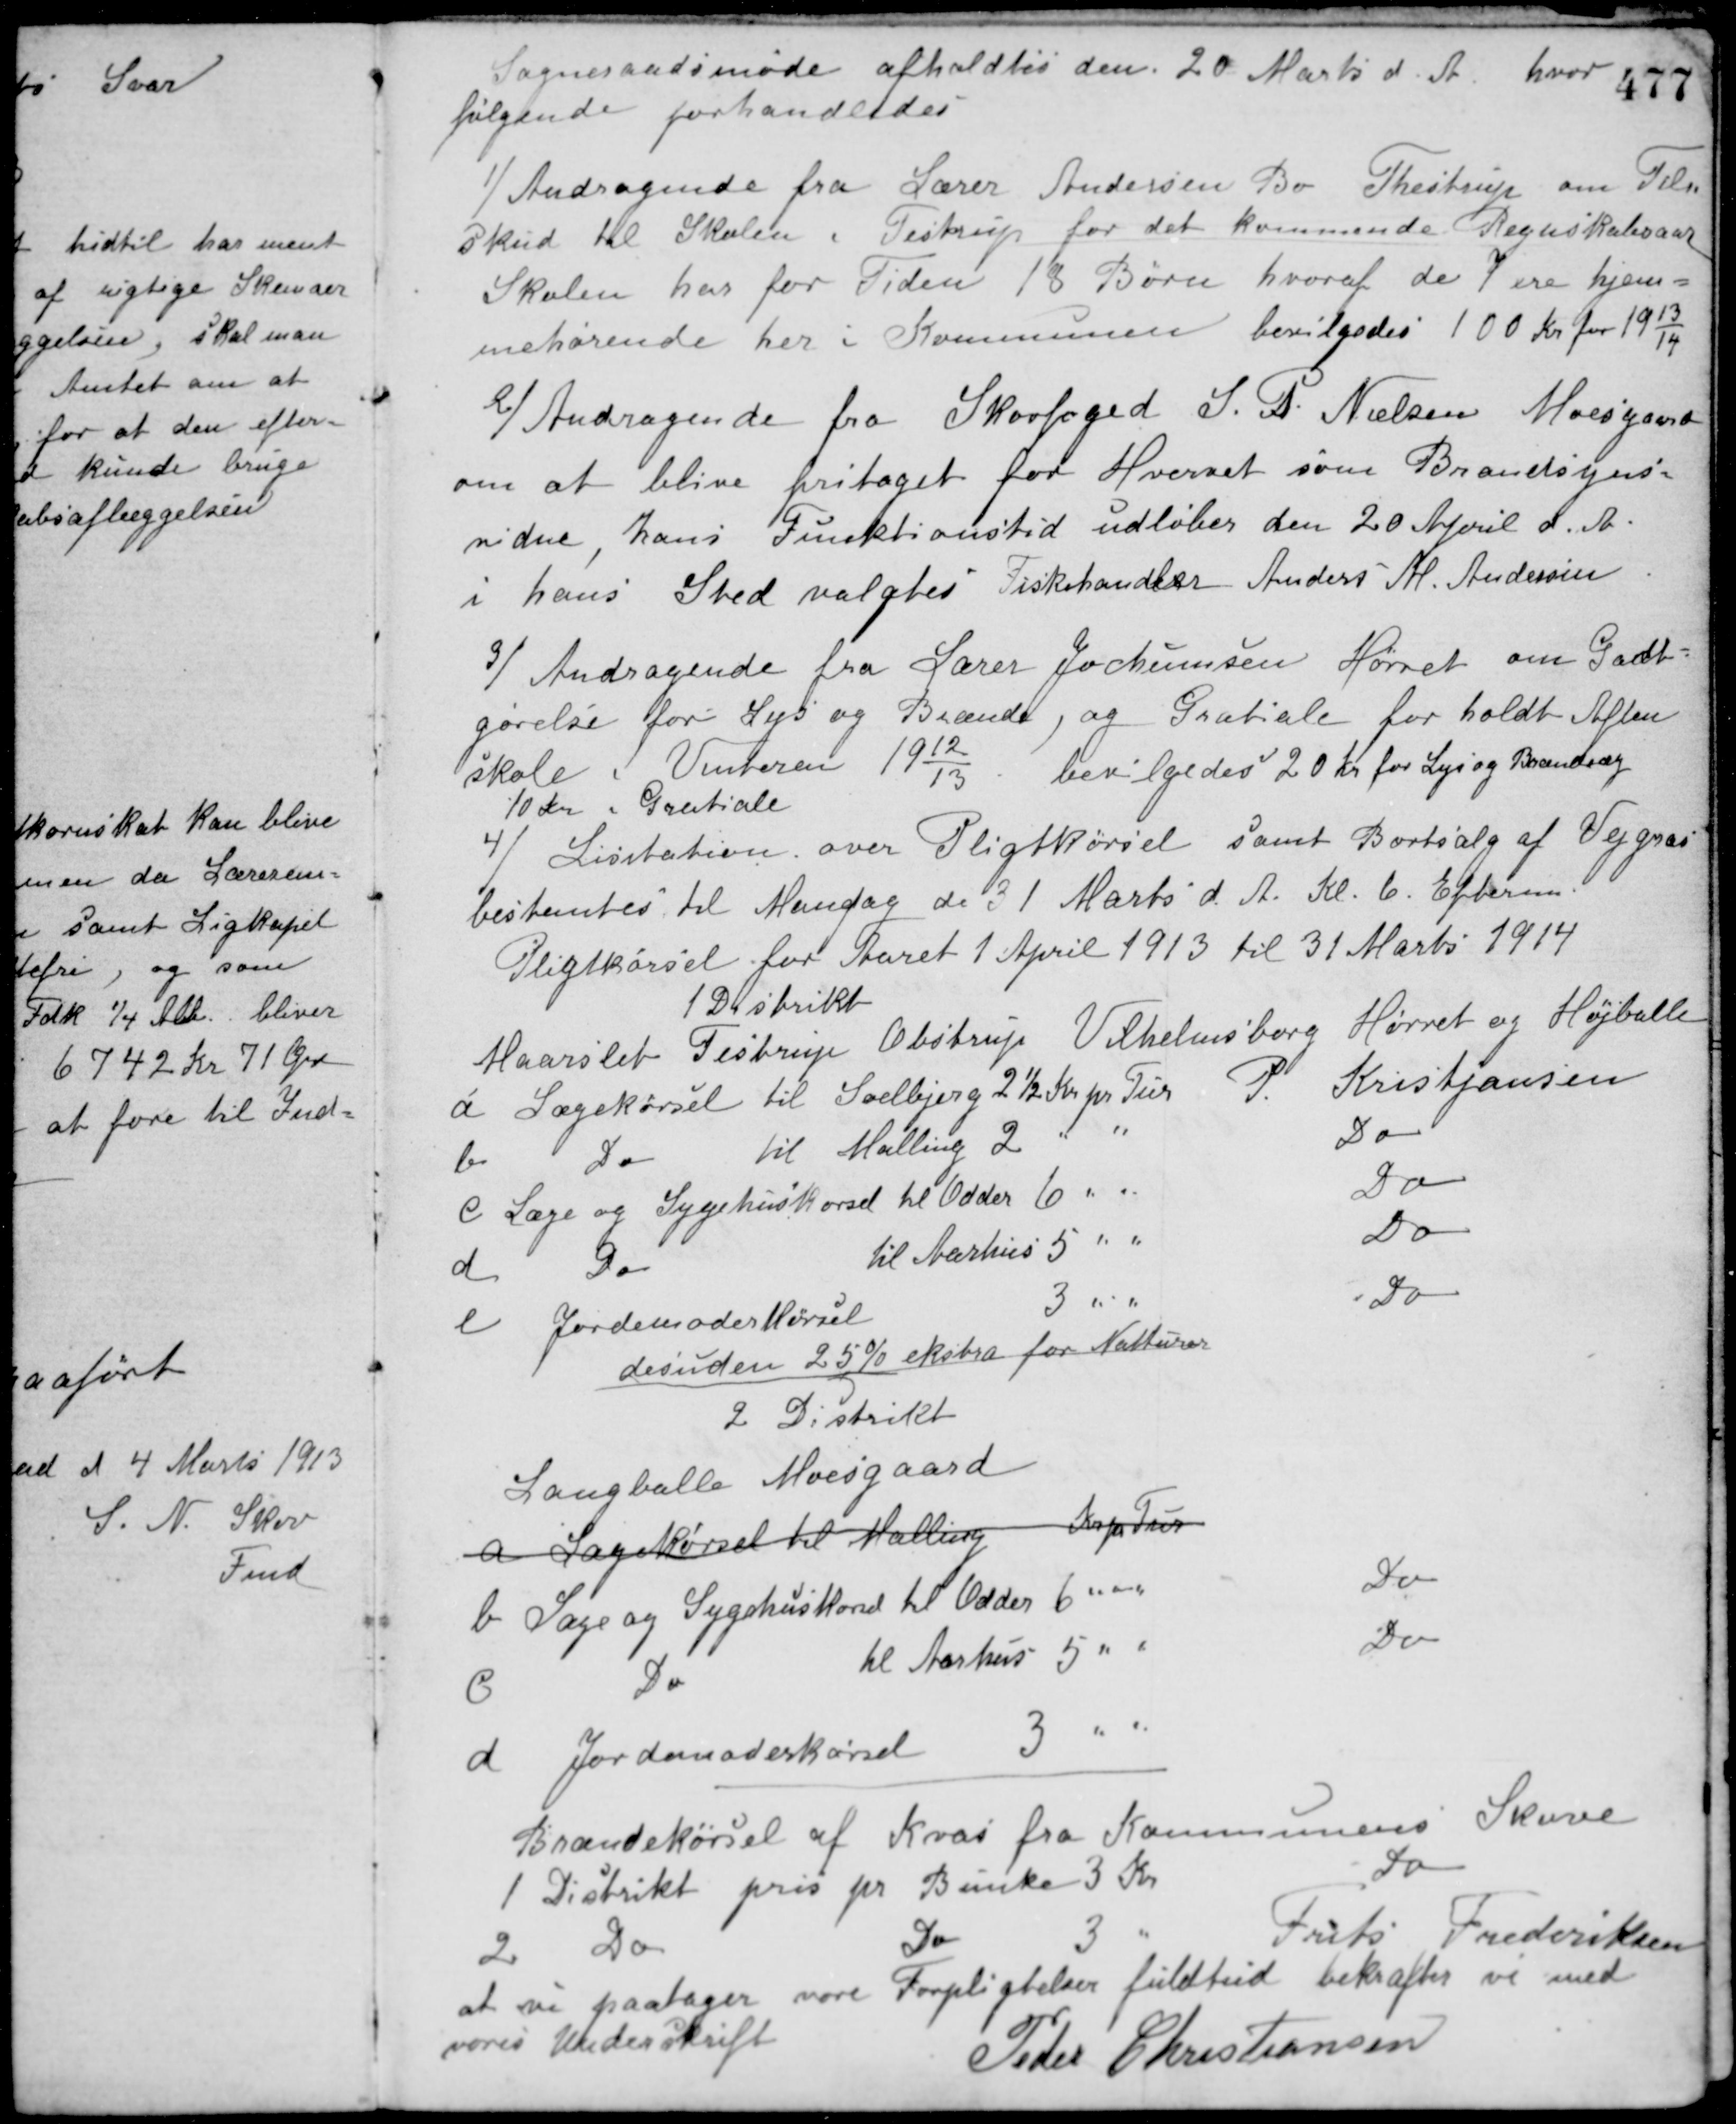
Transskription:
Sogneraadsmøde afholdtes den 20 Marts d. A. hvor
følgende forhandledes
1/ Andragende fra Lærer Andersen Bo Thestrup om Til-
skud til Skolen i Testrup for det kommende Regnskabsaar.
Skolen har for Tiden 18 Børn hvoraf de 7 ere hjem-
mehørende her i Kommunen bevilgedes 100 Kr. for 1913/14
2/ Andragende fra Skovfoged J. P. Nielsen Moesgaard
om at blive fritaget for Hvervet som Brandsyns-
vidne, hans Funktionstid udløber den 20 April d. A.
i hans Sted valgtes Fiskehandler Anders M. Andersen.
3/ Andragende fra Lærer Jochumsen Hørret om Godt-
gørelse for Lys og Brænde, og Gratiale for holdt Aften-
skole i Vinteren 1912/13.
bevilgedes 20 Kr. for Lys og Brænde og
10 Kr. i Gratiale.
4/ Licitation over Pligtkørsel samt Bortsalg af Vejgræs
bestemtes til Mandag den 31 Marts d. A. Kl. 6. Efterm.
Pligtkørsel for Aaret 1 April 1913 til 31 Marts 1914.
1 Distrikt
Maarslet Testrup Obstrup Vilhelmsborg Hørret og Højballe
a Lægekørsel til Solbjerg 2½ Kr. pr. Tur P Kristjansen
b Do til Malling 2 " " Do
c Læge og Sygehuskørsel til Odder 6 " " Do
d Do til Aarhus 5 " " Do
e Jordemoder Kørsel 3 " " Do
desuden 25 % ekstra for Natturer
2 Distrikt
Langballe Moesgaard
a Lægekørsel til Malling Kr. pr. Tur
b Læge og Sygehuskørsel til Odder 6 " " Do
6 Do til Aarhus 5 " " Do
d Jordemoderkørsel 3 " "
Brændekørsel af Kvas fra Kommunens Skove.
1 Distrikt pris pr. Bunke 3 Kr Do
2 Do Do 3 " Frits Frederiksen
at vi paatager vore Forpligtelser fuldtud bekræfter vi med
vores Underskrift
Peder Christiansen